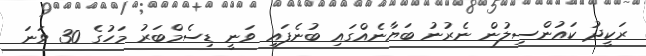
ރަކީދު ކައުންސިލުން ނެރުނު ބަޔާނެއްގައި ބުނެފައި ވަނީ ޑިސެމްބަރު މަހުގެ 30 ވަނަ